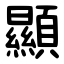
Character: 顯